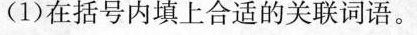
(1)在括号内填上合适的关联词语。